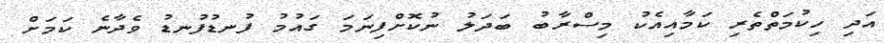
އަދި ހިކުމަތްތެރި ކަމާއިއެކު މިސްރާބު ބަދަލު ނުކޮށްފިނަމަ ގައުމު ފުނޑުފުނޑު ވެދާނެ ކަމަށް